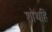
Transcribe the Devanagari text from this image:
शोथहि